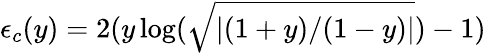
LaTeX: \epsilon_{c}(y)=2(y\log(\sqrt{\left|(1+y)/(1-y)\right|})-1)